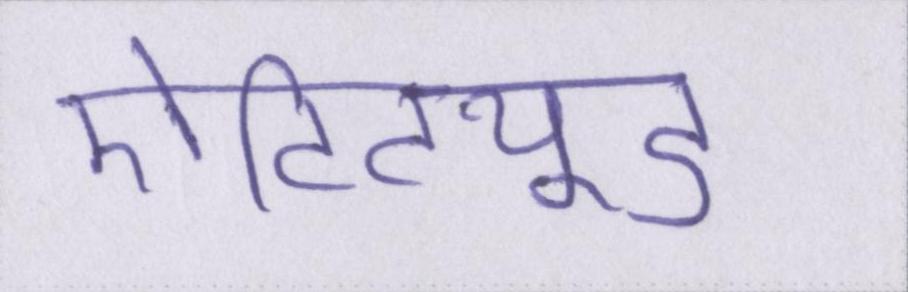
ऐटिट्यूड